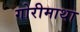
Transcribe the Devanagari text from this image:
गोरीमाथा